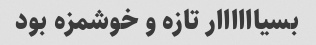
بسیاااااار تازه و خوشمزه بود